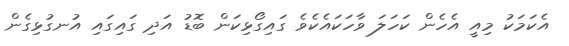
އެކަމަކު މިއީ އެހެން ކަހަލަ ވާހަކައެކެވެ ގައިގޯޅިކަން ބޮޑު އަދި ގައިގައި އުނގުޅިގެން